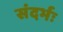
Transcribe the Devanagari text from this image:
संदर्भः